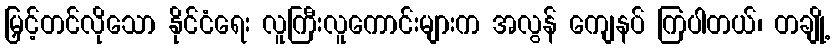
မြှင့်တင်လိုသော နိုင်ငံရေး လူကြီးလူကောင်းများက အလွန် ကျေနပ် ကြပါတယ်၊ တချို့